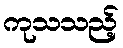
ကုသသည့်